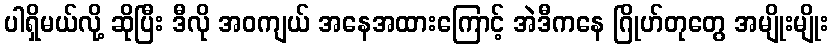
ပါရှိမယ်လို့ ဆိုပြီး ဒီလို အဝကျယ် အနေအထားကြောင့် အဲဒီကနေ ဂြိုဟ်တုတွေ အမျိုးမျိုး